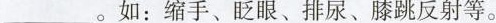
___。如：缩手、眨眼、排尿、膝跳反射等。